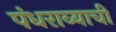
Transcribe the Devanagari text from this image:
पंधराव्याची